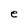
Character: e